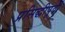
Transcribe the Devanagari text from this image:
प्रसिद्धीपूर्वी